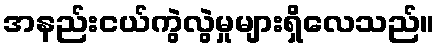
အနည်းငယ်ကွဲလွဲမှုများရှိလေသည်။